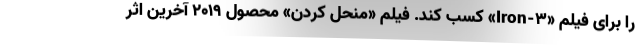
را برای فیلم «۳-Iron» کسب کند. فیلم «منحل کردن» محصول ۲۰۱۹ آخرین اثر